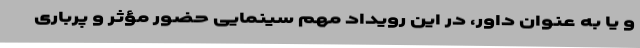
و یا به عنوان داور، در این رویداد مهم سینمایی حضور مؤثر و پرباری